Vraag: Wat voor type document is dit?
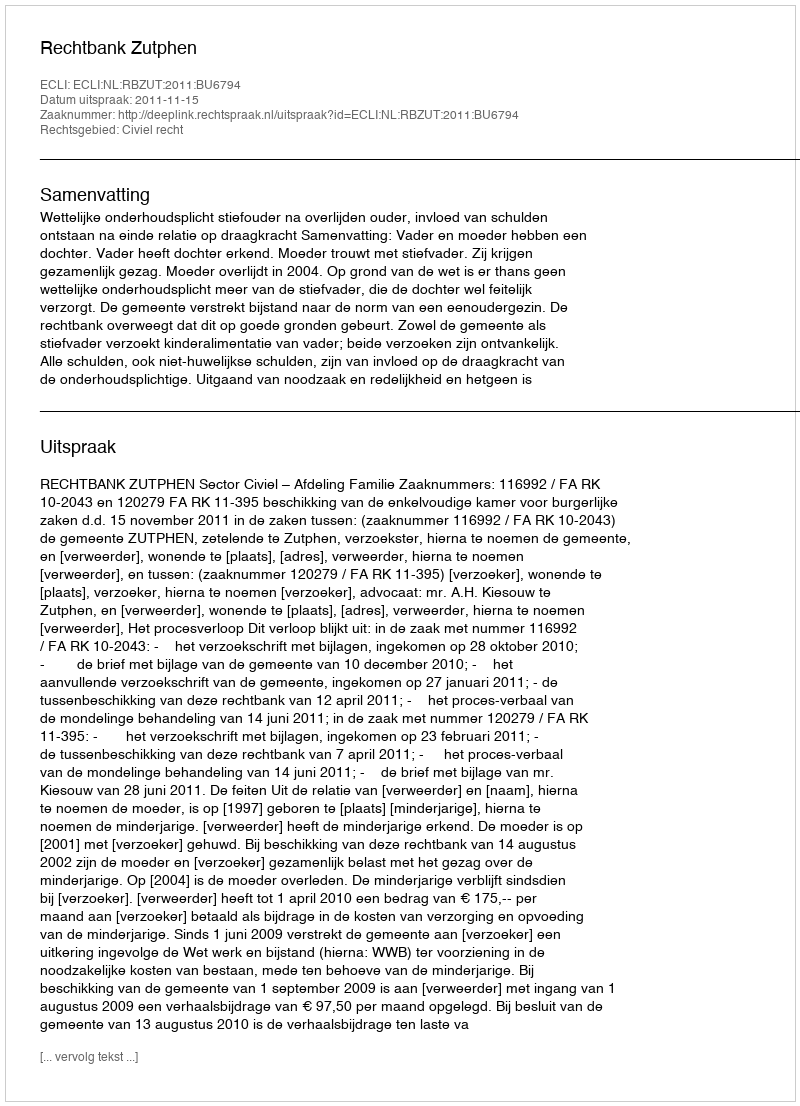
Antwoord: Uitspraak